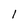
Character: 1